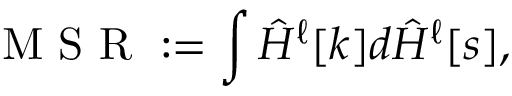
\mathrm { ~ M ~ S ~ R ~ } : = \int \hat { H } ^ { \ell } [ k ] d \hat { H } ^ { \ell } [ s ] ,